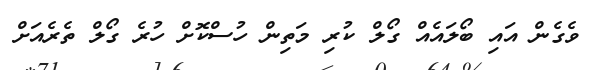
ވެގެން އައި ބޯލައެއް ގޯލް ކުރި މަތިން ހުސްކޮށް ހުރެ ގޯލް ތެރެއަށް